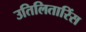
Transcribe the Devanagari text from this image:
उतिलितारिंस